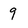
Character: 9